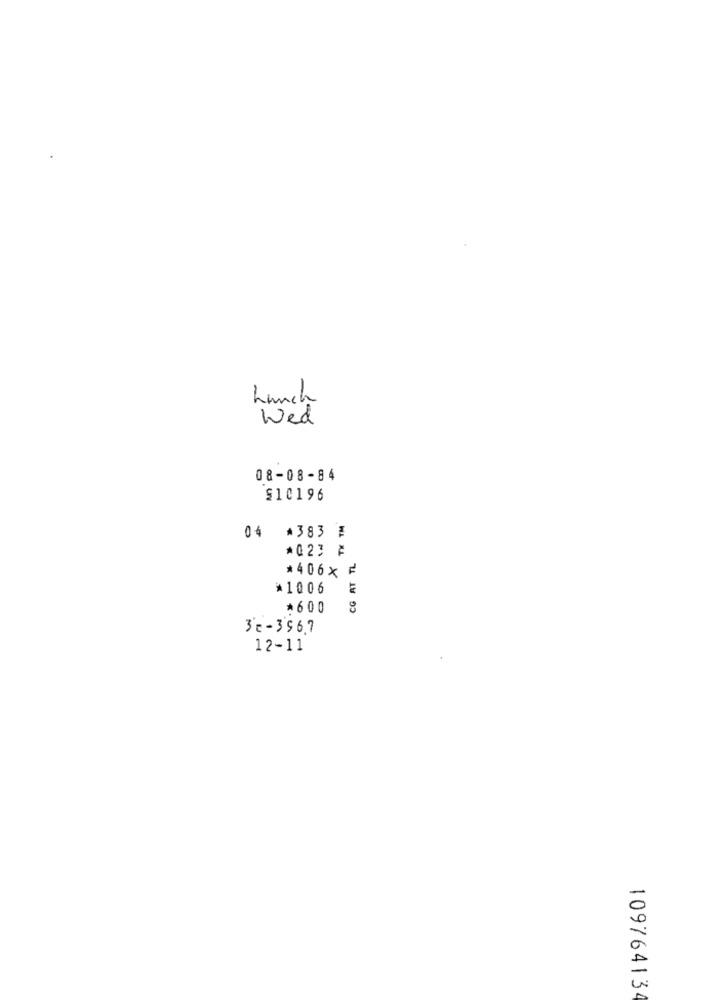
Lunch
Wed
08-08-84
$10196
04 *383 #
*027 ₽
CG AT TL
*406 x F
*1006
*600
3c-396.7
12-11
109764134